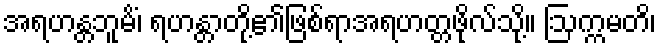
အရဟန္တဘူမိံ၊ ရဟန္တာတို့၏ဖြစ်ရာအရဟတ္တဖိုလ်သို့။ ဩက္ကမတိ၊